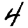
Digit: 4